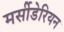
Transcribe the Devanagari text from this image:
मर्सीडेरियन